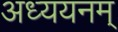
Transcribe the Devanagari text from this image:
अध्ययनम्